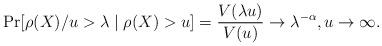
LaTeX: \begin{align*} \Pr[ \rho(X) / u > \lambda \mid \rho(X) > u ] = \frac{V(\lambda u)}{V(u)} \to \lambda^{-\alpha}, u \to \infty.\end{align*}